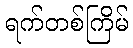
ရက်တစ်ကြိမ်